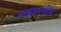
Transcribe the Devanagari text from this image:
कन्नडमधील